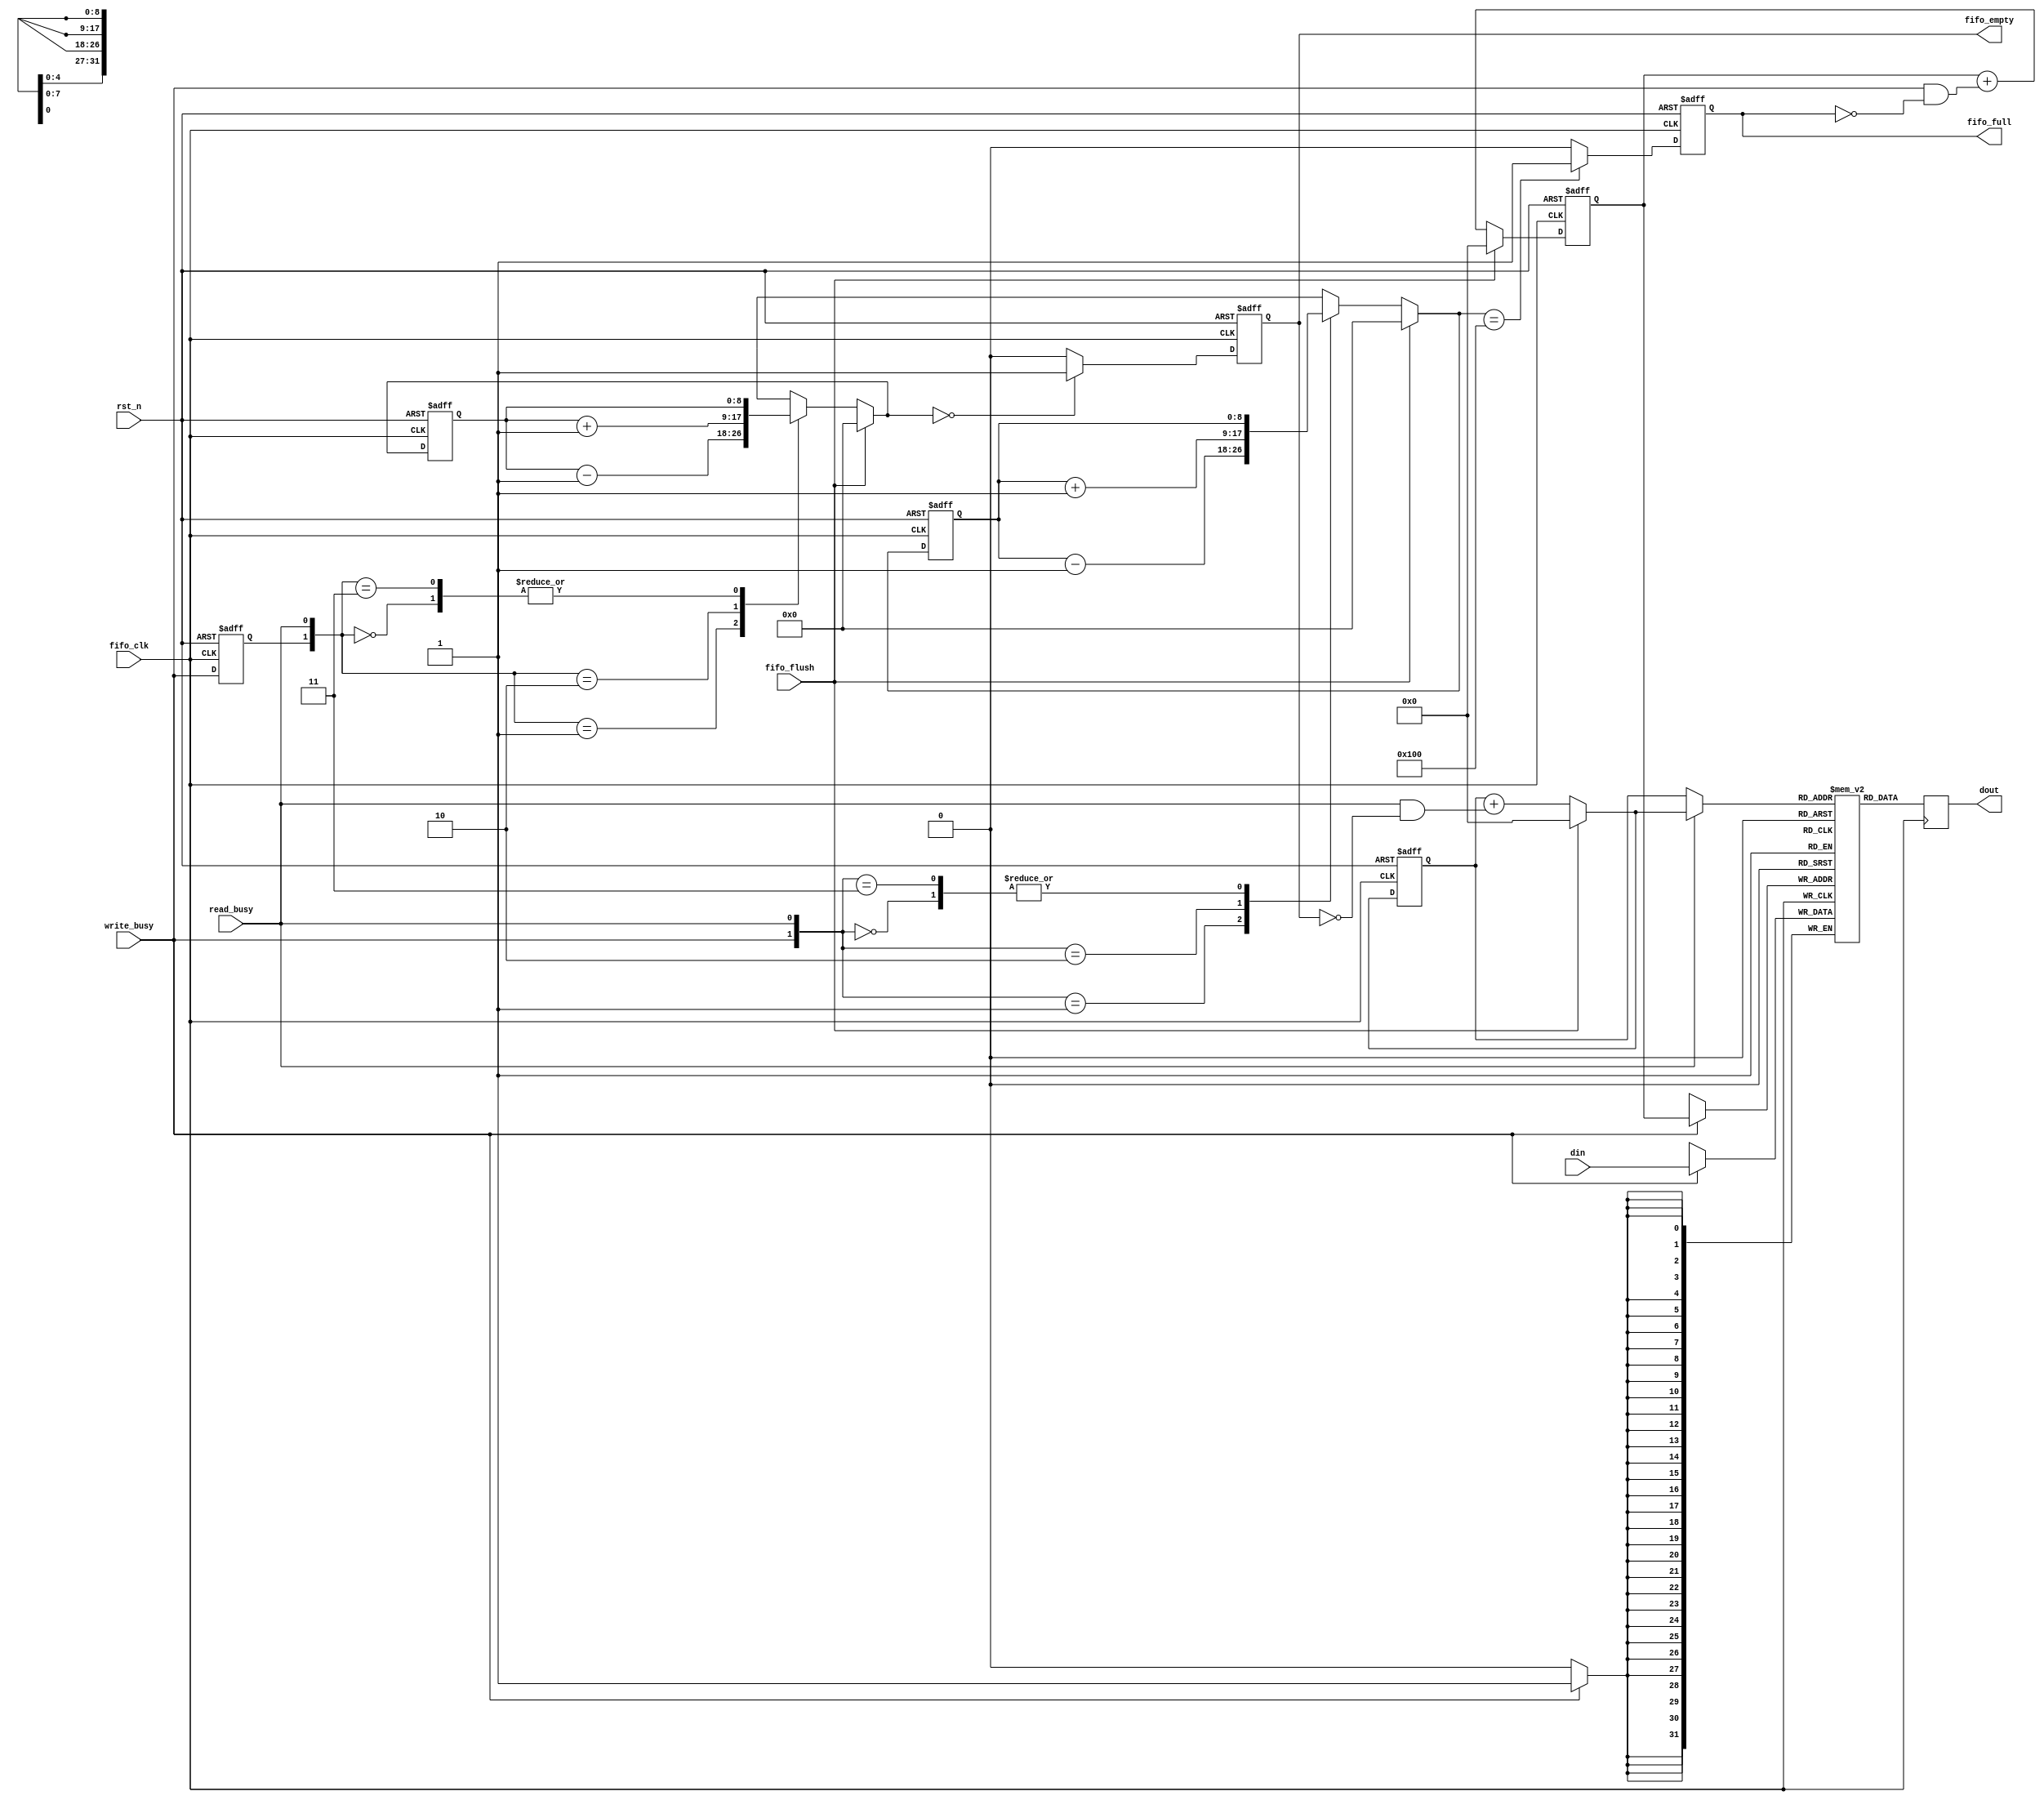
module fifo (
 din
, write_busy
, fifo_full
, dout
, read_busy
, fifo_empty
, fifo_clk
, rst_n
, fifo_flush
);

//INPUT ports
input [32-1:0] din;
input write_busy;
input read_busy;
input fifo_clk;
input rst_n;
input fifo_flush;

//OUTPUT ports
output [32-1:0] dout;
output fifo_empty;
output fifo_full;

reg  [32-1:0] dout;
reg  fifo_full;
reg  fifo_empty;

reg  [8:0] write_occupancy;
reg  [8:0] read_occupancy;
reg  [8:0] next_write_occupancy;
reg  [8:0] next_read_occupancy;
wire [7:0] next_write_ptr;
reg  [7:0] write_ptr;
wire [7:0] next_read_ptr;
reg  [7:0] read_ptr;
reg  [32-1:0] data_array[256-1:0];
wire [7:0] read_index;
wire [32-1:0] dout_next;
reg  write_busy_d;

always @(posedge fifo_clk or negedge rst_n) begin
	if (!rst_n) begin
		write_ptr <= 8'b0;
	end else begin
		write_ptr <= next_write_ptr;
	end
end // always posedge ..

//Calculate next write pointer value
assign next_write_ptr =  fifo_flush ? 8'b0 : (write_ptr + (write_busy & ~fifo_full));

always @(posedge fifo_clk or negedge rst_n) begin
	if (!rst_n) begin
       		read_ptr <= 8'b0;
  	end else begin
		read_ptr <= next_read_ptr;
	end

end // always posedge ..

//Calculate next read pointer value
assign next_read_ptr = fifo_flush ? 8'b0 : (read_ptr + (read_busy & ~fifo_empty));

// Read correct memory location
assign read_index[8-1:0] = read_busy ? next_read_ptr : read_ptr;

//Write data into memory
always @(posedge fifo_clk)
	if (write_busy )
		data_array[write_ptr] <= din;

//Read memory data
always @(posedge fifo_clk) begin
	dout <= dout_next;
end

assign dout_next = {data_array[read_index[8-1:0]]};

always @(posedge fifo_clk or negedge rst_n) begin
	if (!rst_n) begin
		write_occupancy <= 8'b0;
	end else begin
		write_occupancy <= next_write_occupancy;
	end
end

always @(posedge fifo_clk or negedge rst_n) begin
	if (!rst_n) begin
		read_occupancy <= 8'b0;
	end else begin
		read_occupancy <= next_read_occupancy;
	end
end

always @(posedge fifo_clk or negedge rst_n) begin
        if(!rst_n) begin
                write_busy_d <= 1'b0;
        end else begin
                write_busy_d <= write_busy;
        end
end

always @(*) begin
	if (fifo_flush) begin
		next_read_occupancy = 8'b0;
	end else begin
		case ({write_busy_d,read_busy})
			2'b00: 	next_read_occupancy = read_occupancy;
			2'b01:	next_read_occupancy = read_occupancy - 1'b1;
			2'b10:  next_read_occupancy = read_occupancy + 1'b1;
			2'b11: 	next_read_occupancy = read_occupancy;
			default:   next_read_occupancy = read_occupancy;
		endcase
	end
end

always @(*) begin
	if (fifo_flush) begin
		next_write_occupancy = 8'b0;
	end else begin
		case ({write_busy,read_busy})
			2'b00: 	next_write_occupancy = write_occupancy;
			2'b01:	next_write_occupancy = write_occupancy - 1'b1;
			2'b10: 	next_write_occupancy = write_occupancy + 1'b1;
			2'b11: 	next_write_occupancy = write_occupancy;
			default:   next_write_occupancy = write_occupancy;
		endcase
	end
end

always @(posedge fifo_clk or negedge rst_n) begin
		if (!rst_n)
			fifo_full <= 0;
		else if (next_write_occupancy == 256)
			fifo_full <= 1;
		else
			fifo_full <= 0;
end

always @(posedge fifo_clk or negedge rst_n) begin
		if (!rst_n)
			fifo_empty <= 1;
		else if (next_read_occupancy == 0)
			fifo_empty <= 1;
		else
			fifo_empty <= 0;
end
// synthesis translate_off
always @(posedge fifo_clk) begin
	if (fifo_full && write_busy) begin
		$display("ERROR: %m: Fifo overflow at time %t", $time);
		$finish;
	end
end // always
// synthesis translate_on
// synthesis translate_off
always @(posedge fifo_clk) begin
	if (fifo_empty && read_busy) begin
		$display("ERROR: %m: Fifo underflow at time %t", $time);
		$finish;
	end
end // always
// synthesis translate_on
endmodule